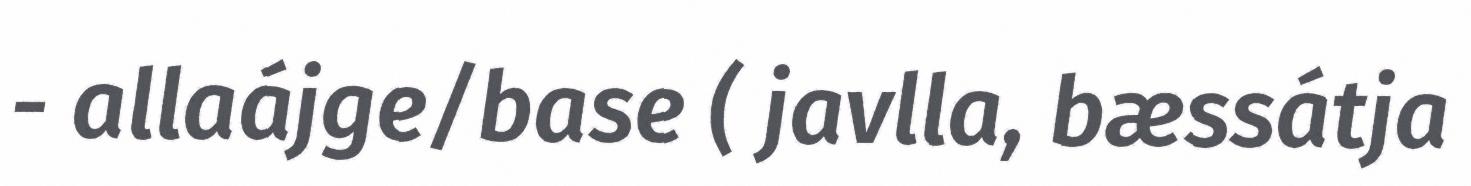
- allaájge/base ( javlla, bæssátja